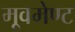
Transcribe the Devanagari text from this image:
मूवमेण्ट